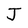
Character: J